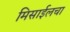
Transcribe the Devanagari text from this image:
मिसाईलचा